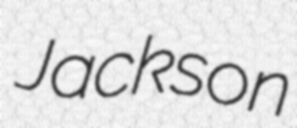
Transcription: Jackson